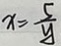
x = \frac { 5 } { y }